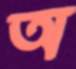
অ